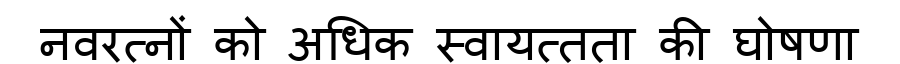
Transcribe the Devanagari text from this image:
नवरत्नों को अधिक स्वायत्तता की घोषणा